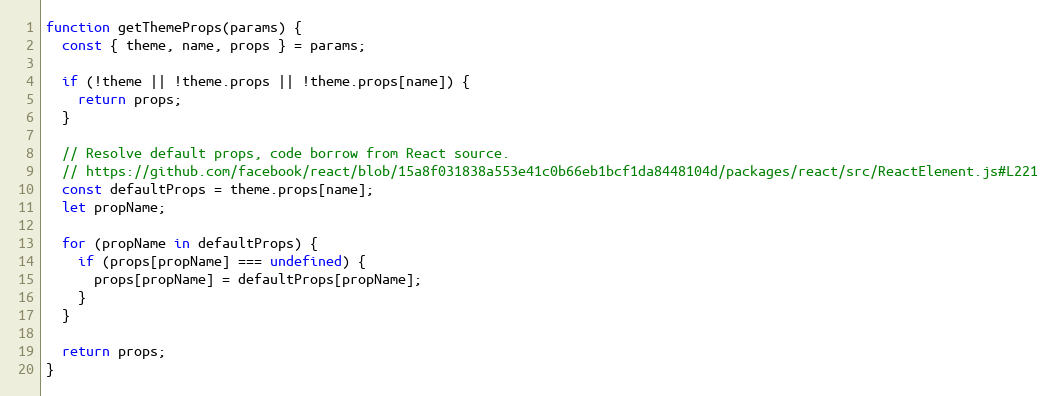
Language: JavaScript
function getThemeProps(params) {
  const { theme, name, props } = params;

  if (!theme || !theme.props || !theme.props[name]) {
    return props;
  }

  // Resolve default props, code borrow from React source.
  // https://github.com/facebook/react/blob/15a8f031838a553e41c0b66eb1bcf1da8448104d/packages/react/src/ReactElement.js#L221
  const defaultProps = theme.props[name];
  let propName;

  for (propName in defaultProps) {
    if (props[propName] === undefined) {
      props[propName] = defaultProps[propName];
    }
  }

  return props;
}